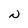
Character: N